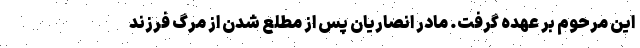
این مرحوم بر عهده گرفت. مادر انصاریان پس از مطلع شدن از مرگ فرزند